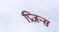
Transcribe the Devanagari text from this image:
प्रिज़न्स